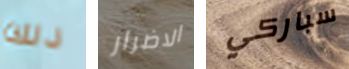
ذلك الاضرار سباركي